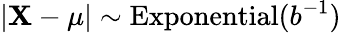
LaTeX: \left|\mathbf{X}-\mu\right|\sim{\textrm{{Exponential}}}(b^{-1})